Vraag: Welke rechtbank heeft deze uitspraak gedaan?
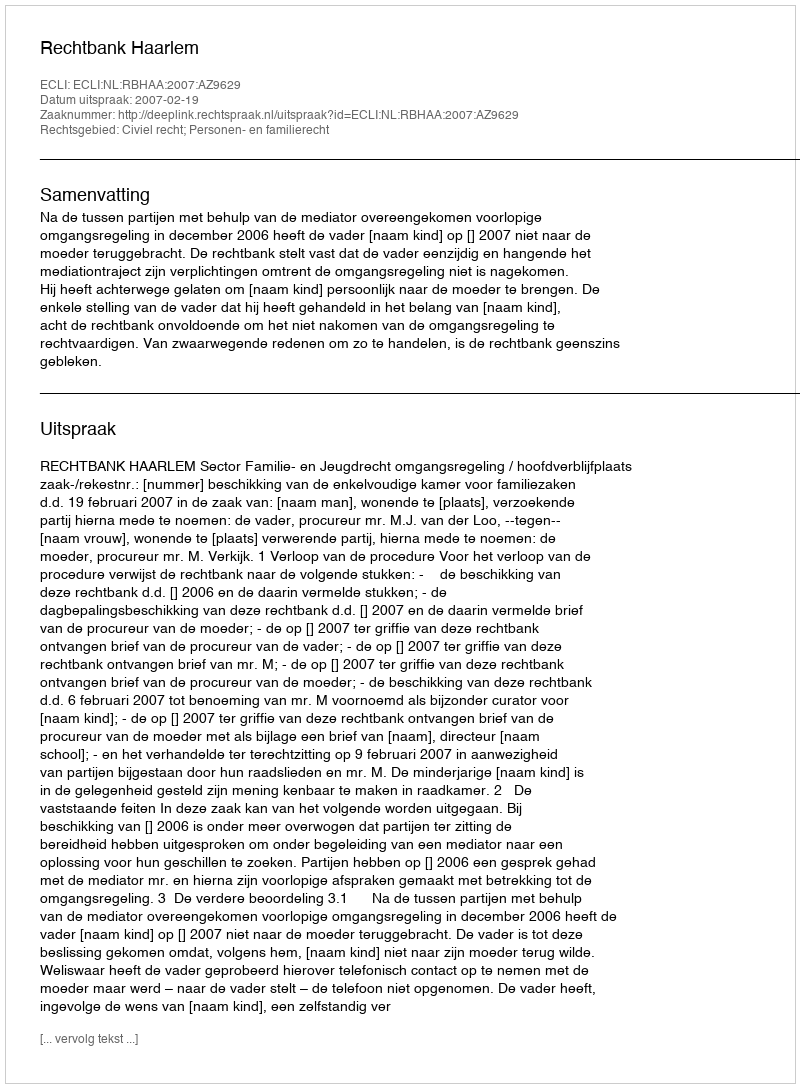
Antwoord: Rechtbank Haarlem